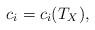
LaTeX: \begin{align*} c_i=c_i(T_X),\end{align*}